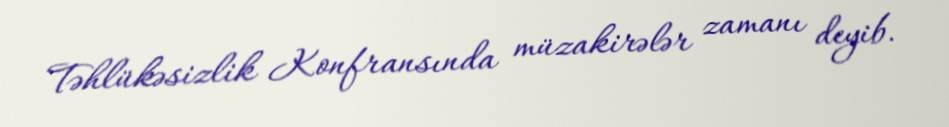
Təhlükəsizlik Konfransında müzakirələr zamanı deyib.